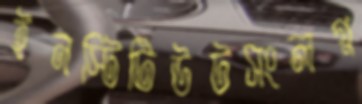
ইনস্টিটিউটসংলগ্ন